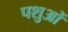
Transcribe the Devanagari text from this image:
पशुआें